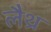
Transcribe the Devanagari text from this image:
लैथ्र